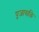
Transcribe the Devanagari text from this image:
पूजासक्ति